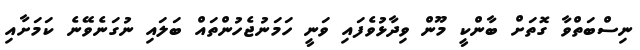
ނިސްބަތްވާ ގޮތަށް ބާންކީ މޫން ވިދާޅުވެފައި ވަނީ ހަމަނުޖެހުންތައް ބަލައި ނުގަނެވޭނެ ކަމަށާއި